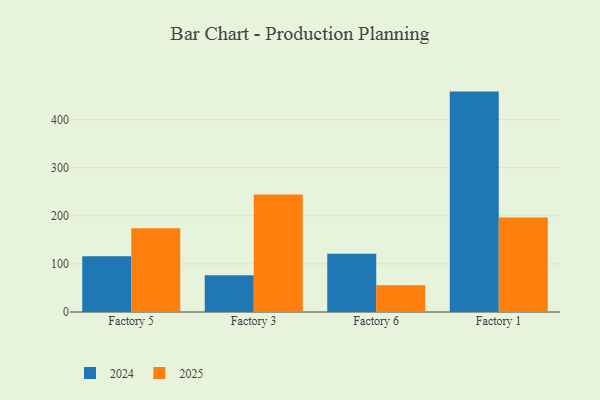
{"axis": {"x": "Factory", "y": "Demand Index"}, "legend": ["2024", "2025"], "data": [{"x": "Factory 5", "y": 115.8, "type": "2024"}, {"x": "Factory 5", "y": 174.4, "type": "2025"}, {"x": "Factory 3", "y": 76.2, "type": "2024"}, {"x": "Factory 3", "y": 244.3, "type": "2025"}, {"x": "Factory 6", "y": 121.1, "type": "2024"}, {"x": "Factory 6", "y": 55.8, "type": "2025"}, {"x": "Factory 1", "y": 458.4, "type": "2024"}, {"x": "Factory 1", "y": 196.8, "type": "2025"}]}